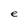
Character: e